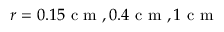
r = 0 . 1 5 \mathrm { ~ c ~ m ~ } , 0 . 4 \mathrm { ~ c ~ m ~ } , 1 \mathrm { ~ c ~ m ~ }